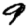
Digit: 9